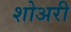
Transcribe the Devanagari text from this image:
शोअरी